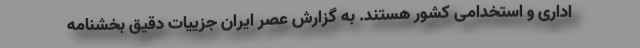
اداری و استخدامی کشور هستند. به گزارش عصر ایران جزییات دقیق بخشنامه